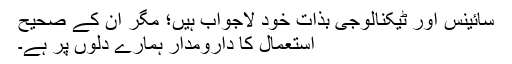
سائینس اور ٹیکنالوجی بذات خود لاجواب ہیں؛ مگر ان کے صحیح
استعمال کا دارومدار ہمارے دلوں پر ہے۔